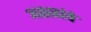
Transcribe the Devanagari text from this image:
अक्षतांचे